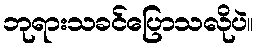
ဘုရားသခင်ပြောသလိုပဲ။